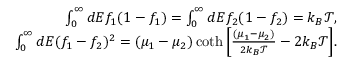
\begin{array} { r } { { \int _ { 0 } ^ { \infty } d E f _ { 1 } ( 1 - f _ { 1 } ) = \int _ { 0 } ^ { \infty } d E f _ { 2 } ( 1 - f _ { 2 } ) = k _ { B } \mathcal { T } , } } \\ { { \int _ { 0 } ^ { \infty } d E ( f _ { 1 } - f _ { 2 } ) ^ { 2 } = ( \mu _ { 1 } - \mu _ { 2 } ) \coth \left[ \frac { ( \mu _ { 1 } - \mu _ { 2 } ) } { 2 k _ { B } \mathcal { T } } - 2 k _ { B } \mathcal { T } \right] } . } \end{array}